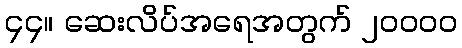
၄၄။ ဆေးလိပ်အရေအတွက် ၂၀၀၀၀